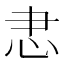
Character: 𢗱